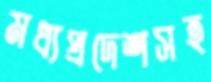
মধ্যপ্রদেশসহ